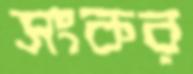
সংকর